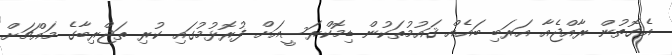
އެގޮތުން ރާއްޖެއާ އަރަބި ބައެއް ޤައުމުތަކުން ޑިމޮކްރަސީއަށް ފުރޮޅުމުގައި ކުރި ތަޖްރިބާގެ މައްޗަށް